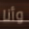
وأنا